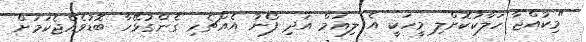
"މިކުއްޖާ ހަލާކުކޮށްލި މީހަކީ އެ ލިއަމް އަދި ފޯނު އެއްޗެހި ގެންގުޅޭހާ ބޮޑުވެއްޖެކަމަށް